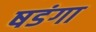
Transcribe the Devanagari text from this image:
षडंगा